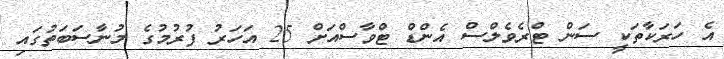
އެ ހަރަކާތަކީ ސަން ޓްރެވެލްސް އެންޑް ޓްވާސްއަށް 25 އަހަރު ފުރުމުގެ މުނާސަބަތުގައިި